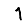
Digit: 1